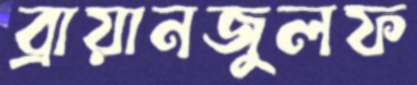
ব্রায়ানজুলফ